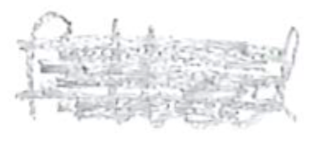
Text: fitted
Cross-out: scratch
Writing tool: pencil